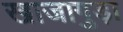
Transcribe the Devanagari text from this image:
खाजागुड़ा